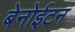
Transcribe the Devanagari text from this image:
बेनोईटन